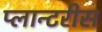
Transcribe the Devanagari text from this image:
प्लान्टरीस